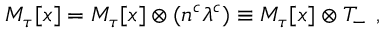
M _ { \tau } [ x ] = { \cal M } _ { \tau } [ x ] \otimes ( n ^ { c } \lambda ^ { c } ) \equiv { \cal M } _ { \tau } [ x ] \otimes { \cal T } _ { - } \ ,